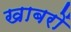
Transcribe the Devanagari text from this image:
खाबरों